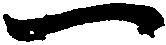
一